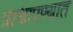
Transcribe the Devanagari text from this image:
प्रस्थापण्यात